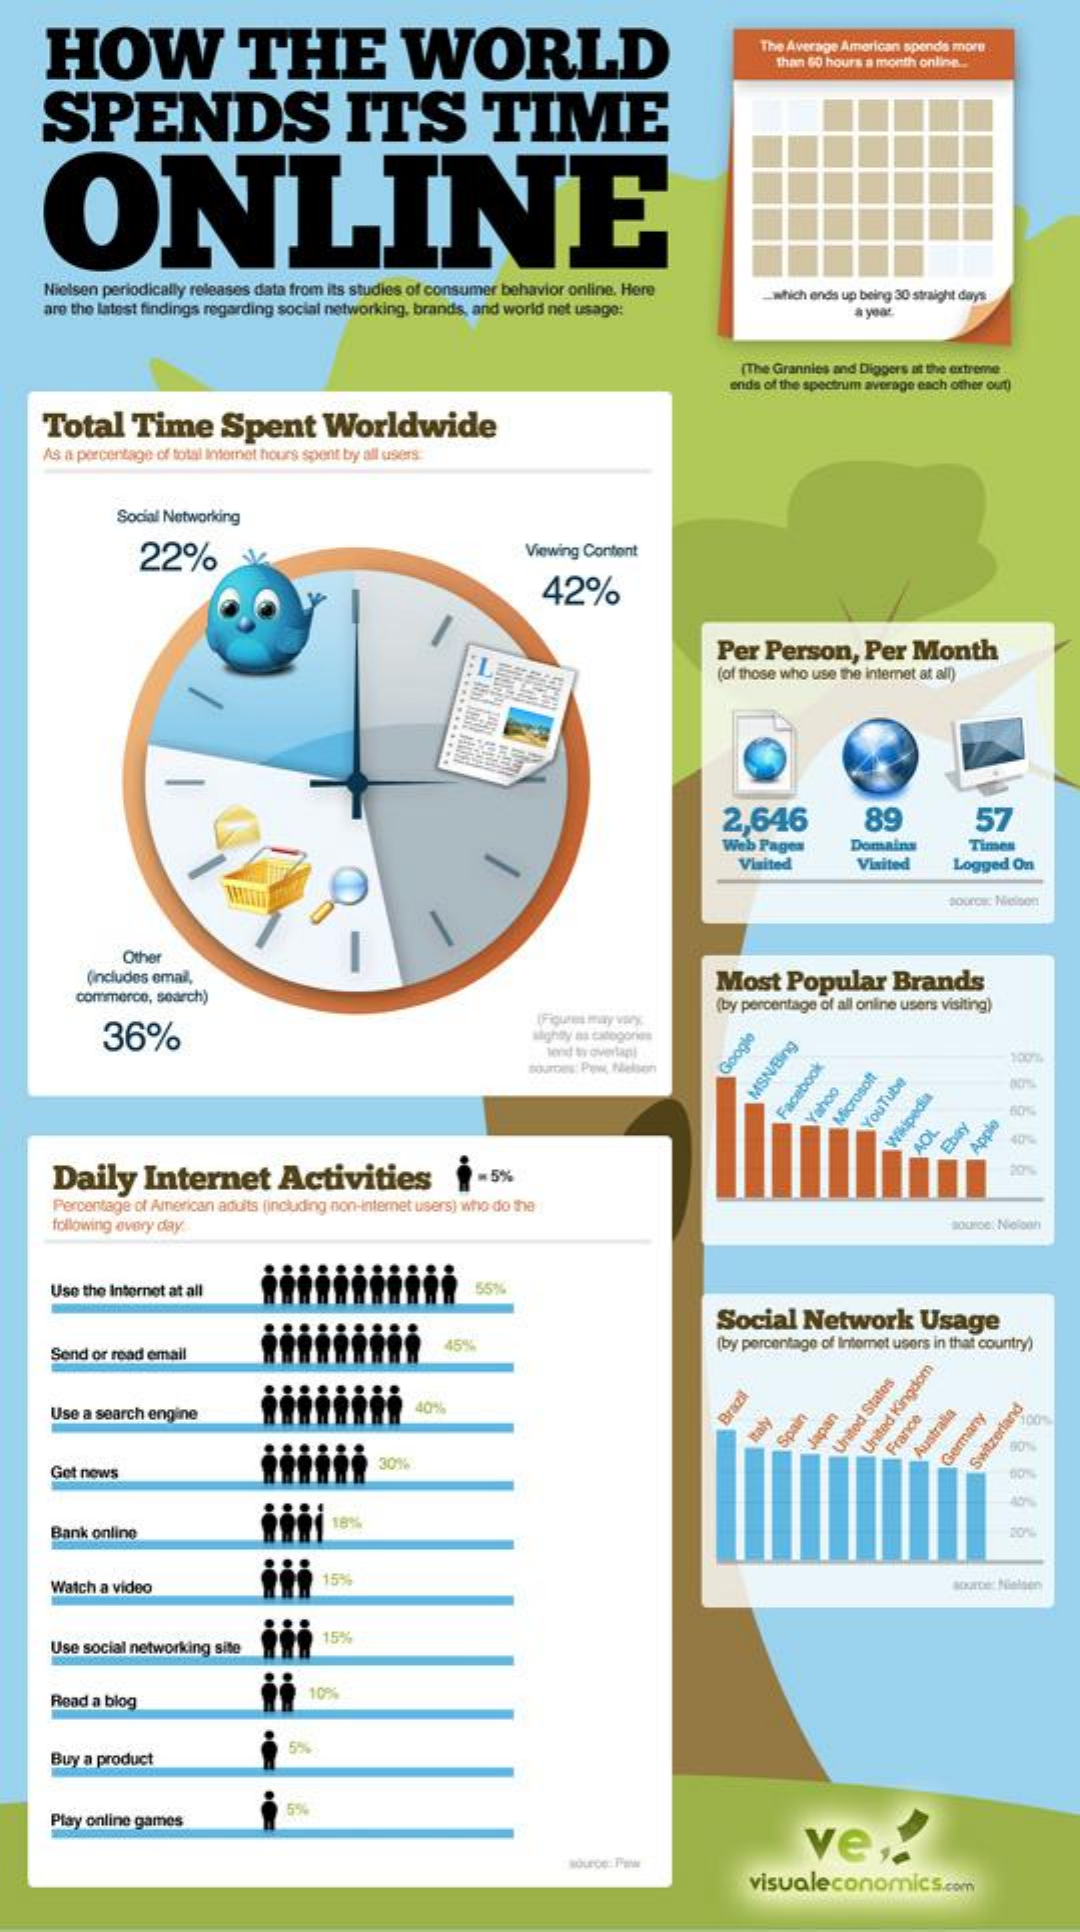
HOW    THE    WORLD    The Average American spends more
     than 60 hours a month online ..
     SPENDS    ITS    TIME
     ONLINE
     Nielsen periodically releases data from its studies of consumer behavior online. Here
     are the latest findings regarding social networking, brands, and world net usage:
     which ends up being 30 straight days
     a year.
     (The Grannies and Diggers at the extreme
     ends of the spectrum average each other out)
     Total    Time    Spent    Worldwide
     As a percentage of total Internet hours spent by all users
     Social Networking
     22%    Viewing Content
     42%
     Per   Person,    Per   Month
     (of those who use the internet at all)
     2,646    89    57
     Web Pages    Domains    Timen
     Visited    Visited    Logged  On
     source: Nelson
     Other
     (includes email,    Most    Popular    Brands
     commerce, search)    (by percentage of all online users visiting)
     36%    slightly as categories
     lond ty overlant
     tourDes: Pow, Nielsen
     Google MSN/Bing Facebook Yahoo Microsoft YouTube Wikipedia
     AOL    Apple Ebay 9
     9
     Daily    Internet    Activities    1 -5%    20%
     Percentage of American adults (including non-internet users) who do the
     following every day ..    source: Nioloan
     Use the Internet at all    55%
     Social    Network    Usage
     Send or read email
     45%    (by percentage of Internet users in that country)
     Use a search engine    40%    Brazil
     taly Spain Japan United
     States
     United
     Kingdom
     France Australia
     Get news
     Germany Switzerland
     diği    18%
     Bank online
     1999
     Watch a video    15%    source: Mialsen
     Use social networking site
     15%
     Read a blog
     10%
     Buy a product
     Play online games
     5%
     ve    ,:
     source: Paw
     visualeconomics.com